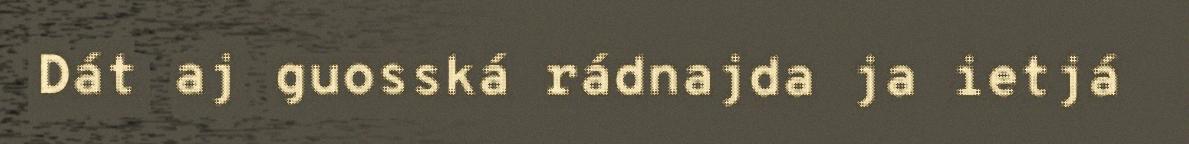
Dát aj guosská rádnajda ja ietjá